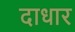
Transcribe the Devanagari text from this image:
दाधार